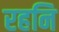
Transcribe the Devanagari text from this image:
रहनि